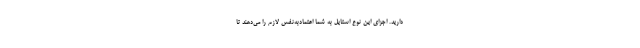
دارید. اجزای این نوع استایل به شما اعتمادبه‌نفس لازم را می‌دهند تا